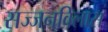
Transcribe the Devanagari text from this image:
सज्जनविलास